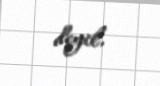
deyil.